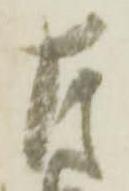
左